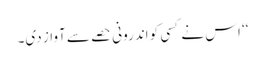
‘‘ اس نے کسی کو اندرونی حصے سے آواز دی۔